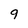
Character: 9